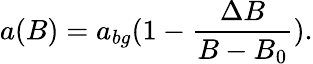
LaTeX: a(B)=a_{bg}(1-\frac{\Delta B}{B-B_{0}}).